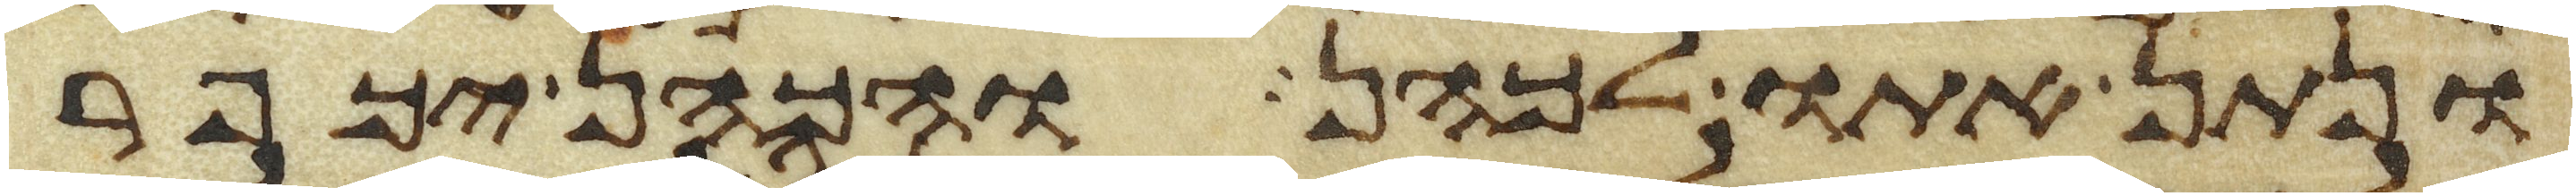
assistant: ונתן אתו לכהן והכהן יכפר